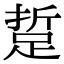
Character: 踅